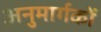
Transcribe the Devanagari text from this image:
अनुमार्गकों